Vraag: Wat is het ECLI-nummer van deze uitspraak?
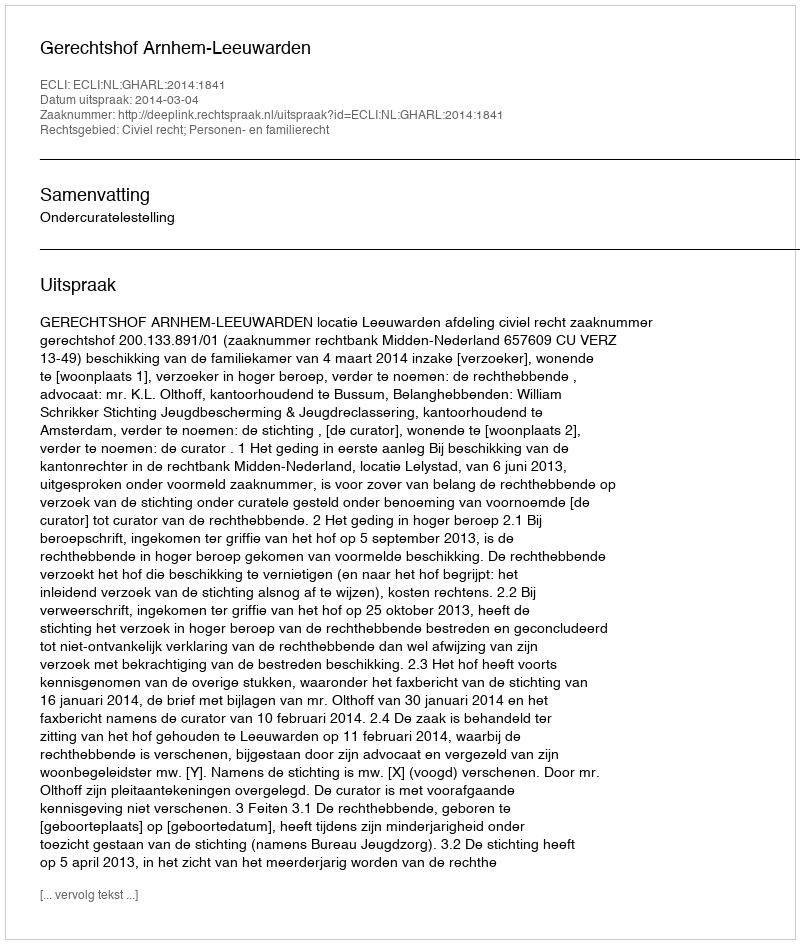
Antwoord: ECLI:NL:GHARL:2014:1841